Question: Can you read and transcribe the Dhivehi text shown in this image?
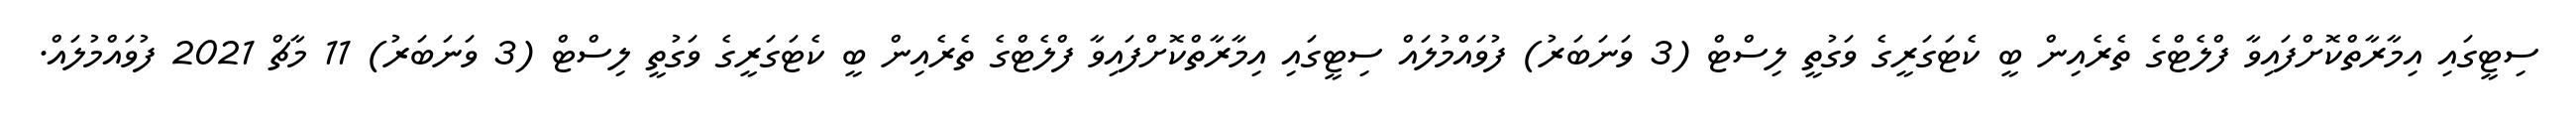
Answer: ސިޓީގައި އިމާރާތްކޮށްފައިވާ ފްލެޓްގެ ތެރެއިން ބީ ކެޓަގަރީގެ ވަގުތީ ލިސްޓް (3 ވަނަބަރު) ފުވައްމުލައް ސިޓީގައި އިމާރާތްކޮށްފައިވާ ފްލެޓްގެ ތެރެއިން ބީ ކެޓަގަރީގެ ވަގުތީ ލިސްޓް (3 ވަނަބަރު) 11 މާޗް 2021 ފުވައްމުލައް.